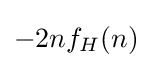
-2nf_{H}(n)